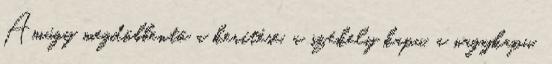
Amúgy megdöbbentő a kerítése, a székely kapu, a nagykapu,